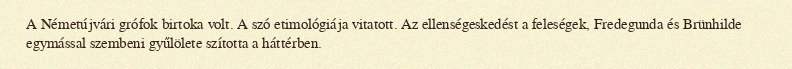
A Németújvári grófok birtoka volt. A szó etimológiája vitatott. Az ellenségeskedést a feleségek, Fredegunda és Brünhilde egymással szembeni gyűlölete szította a háttérben.